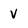
Character: V